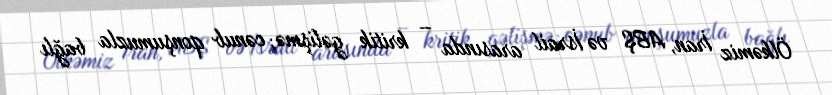
Ölkəmiz İran, ABŞ və İsrail arasında – kritik gəlişmə; cənub qonşumuzla bağlı